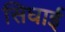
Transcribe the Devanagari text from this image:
सिघाई